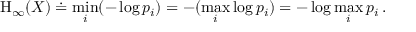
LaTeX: \mathrm { H } _ { \infty } ( X ) \doteq \operatorname* { m i n } _ { i } ( - \log p _ { i } ) = - ( \operatorname* { m a x } _ { i } \log p _ { i } ) = - \log \operatorname* { m a x } _ { i } p _ { i } \, .